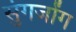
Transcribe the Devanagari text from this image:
सुंगजोंग